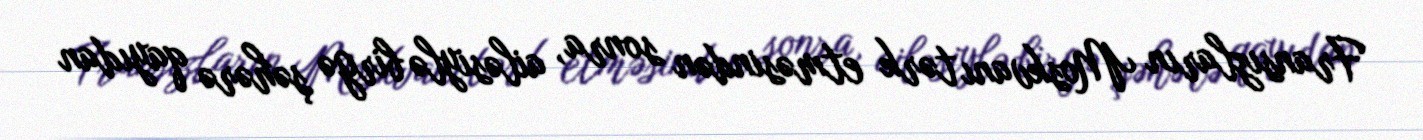
Fransızların Moskvanı tərk etməsindən sonra, ailəsiylə birgə şəhərə qayıdan